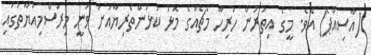
(އާސިއްޕެ) އެވެ. މީގެ އިތުރުން ހުރިހާ މެޗެއްގެ މޮޅު ކުޅުންތެރިޔާއަށް ވަނީ މިރަސްމިއްޔާތުގައި